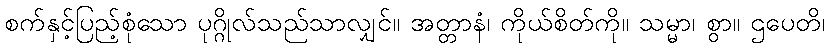
စက်နှင့်ပြည့်စုံသော ပုဂ္ဂိုလ်သည်သာလျှင်။ အတ္တာနံ၊ ကိုယ်စိတ်ကို။ သမ္မာ၊ စွာ။ ဌပေတိ၊